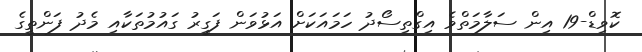
ކޮވިޑް-19 އިން ސަލާމަތްވެ އިގްތިސޯދު ހަމައަކަށް އަޅުވަން ފަގީރު ގައުމުތަކާއި މެދު ފަންތީގެ